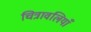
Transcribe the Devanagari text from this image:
चित्रावलियाँ